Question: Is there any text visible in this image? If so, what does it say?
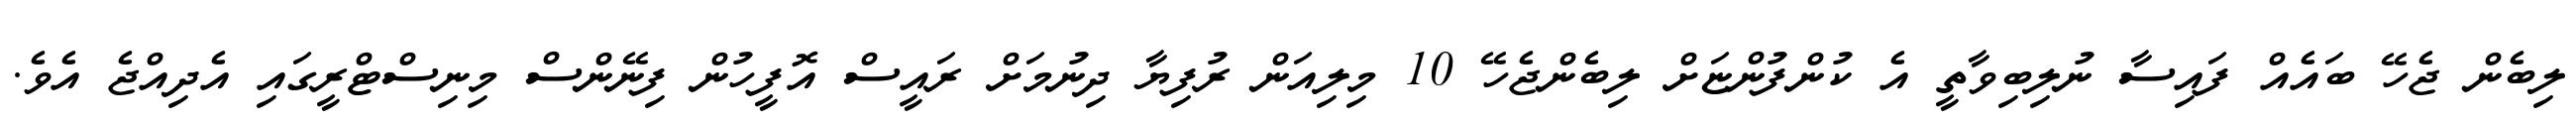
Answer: ލިބެން ޖެހޭ ބައެއް ފައިސާ ނުލިބިވާތީ އެ ކުންފުންޏަށް ލިބެންޖެހޭ 10 މިލިއަން ރުފިޔާ ދިނުމަށް ރައީސް އޮފީހުން ފިނޭންސް މިނިސްޓްރީގައި އެދިއްޖެ އެވެ.